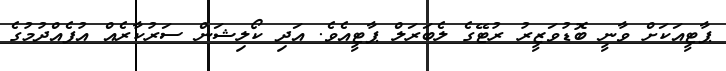
ޕާޓީއަކަށް ވާނީ ބޮޑުވަޒީރު ރުޓޭގެ ލެބަރަލް ޕާޓީއެވެ. އަދި ކޯލިޝަން ސަރުކާރެއް އުފެއްދުމުގެ